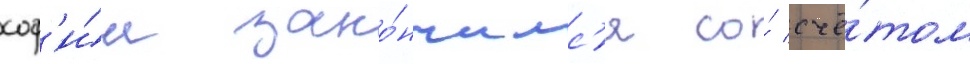
соф'и́и зако́нчилс'я со́ счё́том